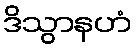
ဒိသွာနဟံ